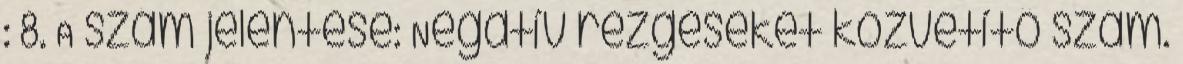
: 8. A szám jelentése: Negatív rezgéseket közvetítő szám.